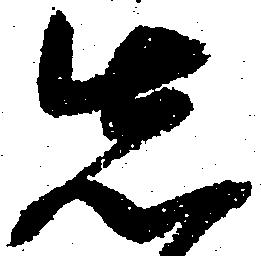
先